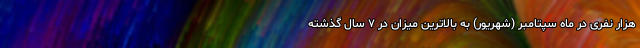
هزار نفری در ماه سپتامبر (شهریور) به بالاترین میزان در ۷ سال گذشته